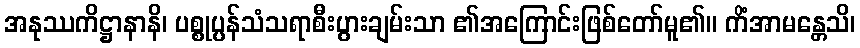
အနုဿကိဋ္ဌာနာနိ၊ ပစ္စုပ္ပန်သံသရာစီးပွားချမ်းသာ ၏အကြောင်းဖြစ်တော်မူ၏။ ကိံအာမန္တေသိ၊